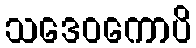
သဒေဝကောပိ